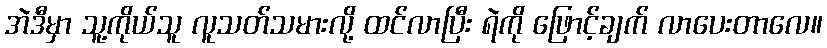
အဲဒီမှာ သူ့ကိုယ်သူ လူသတ်သမားလို့ ထင်လာပြီး ရဲကို ဖြောင့်ချက် လာပေးတာလေ။